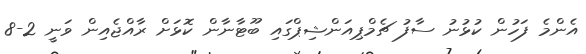
އެންމެ ފަހުން ކުޅުނު ސާފު ޗެމްޕިއަންޝިޕްގައި ބޫޓާނާން ކޮޅަށް ރާއްޖެއިން ވަނީ 2-8